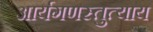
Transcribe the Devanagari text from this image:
आर्यगणस्तुत्याय